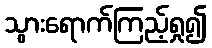
သွားရောက်ကြည့်ရှု၍